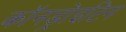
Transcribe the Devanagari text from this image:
कॉनड्रोइटिन